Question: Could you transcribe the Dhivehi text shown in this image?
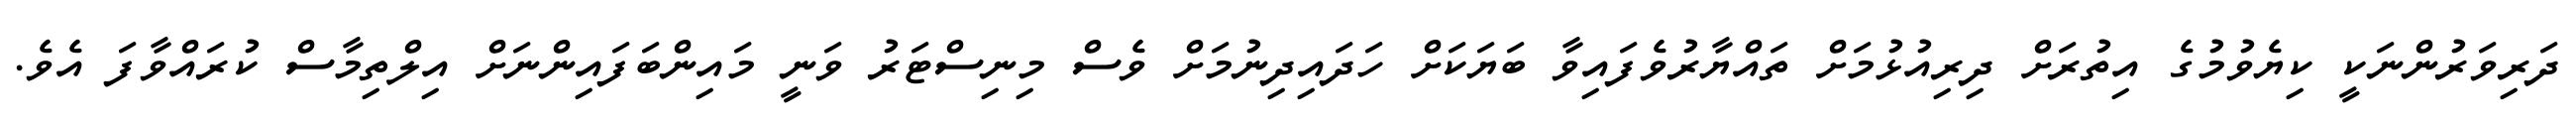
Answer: ދަރިވަރުންނަކީ ކިޔެވުމުގެ އިތުރަށް ދިރިއުޅުމަށް ތައްޔާރުވެފައިވާ ބަޔަކަށް ހަދައިދިނުމަށް ވެސް މިނިސްޓަރު ވަނީ މައިންބަފައިންނަށް އިލްތިމާސް ކުރައްވާފަ އެވެ.